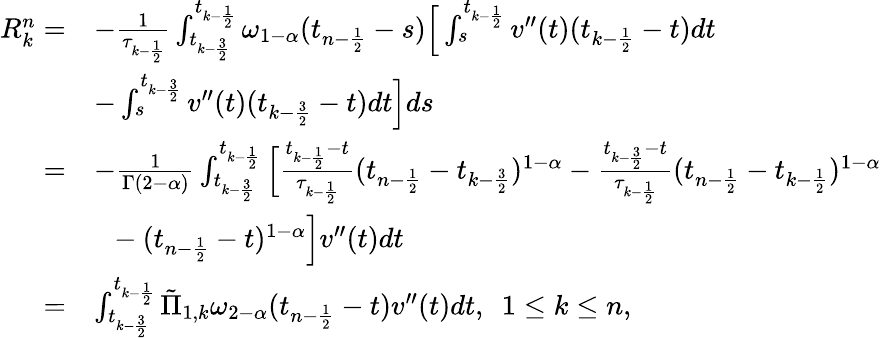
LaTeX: \begin{array}{rl}{R_{k}^{n}=}&{-\frac{1}{\tau_{k-\frac{1}{2}}}\int_{t_{k-\frac{3}{2}}}^{t_{k-\frac{1}{2}}}\omega_{1-\alpha}(t_{n-\frac{1}{2}}-s)\Big[\int_{s}^{t_{k-\frac{1}{2}}}v^{\prime\prime}(t)(t_{k-\frac{1}{2}}-t)dt}\\ &{-\int_{s}^{t_{k-\frac{3}{2}}}v^{\prime\prime}(t)(t_{k-\frac{3}{2}}-t)dt\Big]ds}\\ {=}&{-\frac{1}{\Gamma(2-\alpha)}\int_{t_{k-\frac{3}{2}}}^{t_{k-\frac{1}{2}}}\Big[\frac{t_{k-\frac{1}{2}}-t}{\tau_{k-\frac{1}{2}}}(t_{n-\frac{1}{2}}-t_{k-\frac{3}{2}})^{1-\alpha}-\frac{t_{k-\frac{3}{2}}-t}{\tau_{k-\frac{1}{2}}}(t_{n-\frac{1}{2}}-t_{k-\frac{1}{2}})^{1-\alpha}}\\ &{~~-(t_{n-\frac{1}{2}}-t)^{1-\alpha}\Big]v^{\prime\prime}(t)dt}\\ {=}&{\int_{t_{k-\frac{3}{2}}}^{t_{k-\frac{1}{2}}}\tilde{\Pi}_{1,k}\omega_{2-\alpha}(t_{n-\frac{1}{2}}-t)v^{\prime\prime}(t)dt,~~1\le k\le n,}\end{array}